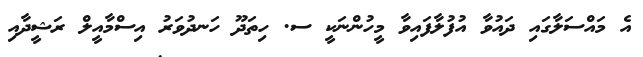
އެ މައްސަލާގައި ދައުވާ އުފުލާފައިވާ މީހުންނަކީ ސ. ހިތަދޫ ހަނދުވަރު އިސްމާއީލް ރަޝީދާއި